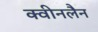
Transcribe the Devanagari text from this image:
क्वीनलैन